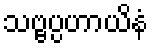
သဗ္ဗပ္ပဟာယိနံ